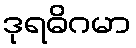
ဒုရဓိဂမာ